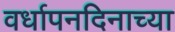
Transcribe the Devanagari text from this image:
वर्धापनदिनाच्या